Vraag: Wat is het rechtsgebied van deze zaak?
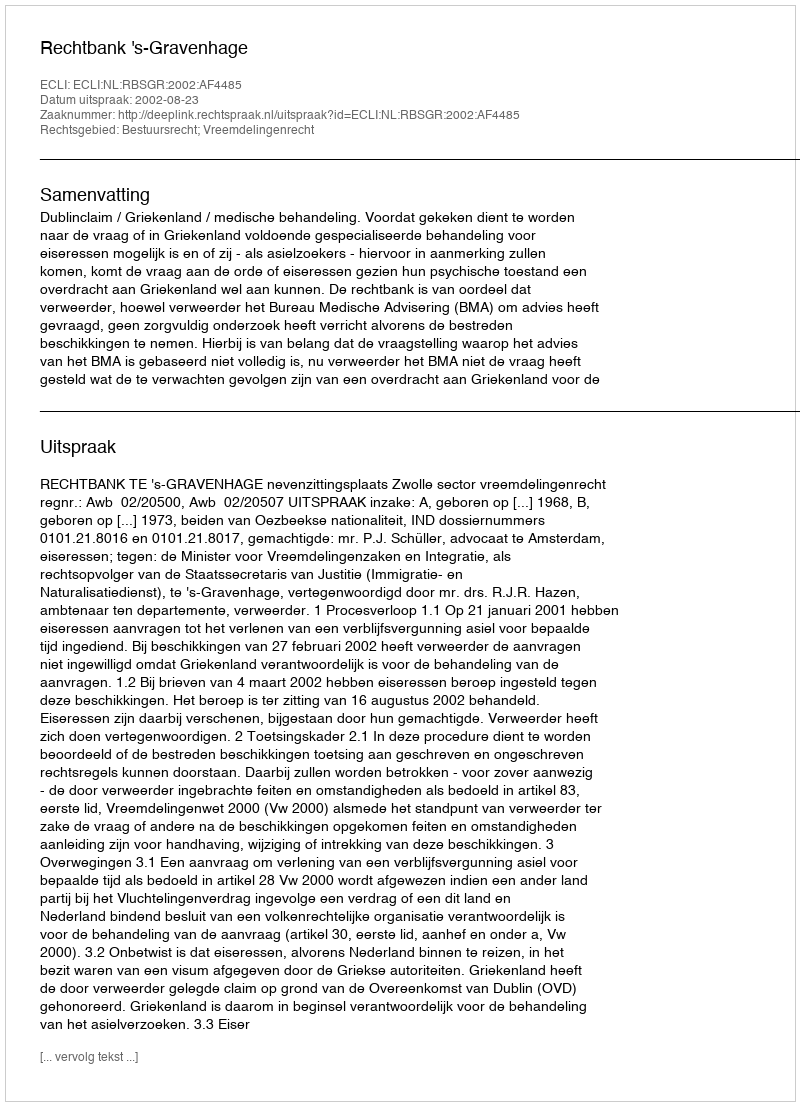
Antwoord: Bestuursrecht; Vreemdelingenrecht